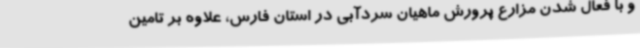
و با فعال شدن مزارع پرورش ماهیان سردآبی در استان فارس، علاوه بر تامین